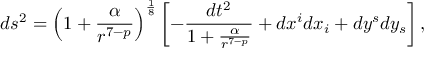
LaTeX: d s ^ { 2 } = \left( 1 + \frac { \alpha } { r ^ { 7 - p } } \right) ^ { \frac { 1 } { 8 } } \left[ - \frac { d t ^ { 2 } } { 1 + \frac { \alpha } { r ^ { 7 - p } } } + d x ^ { i } d x _ { i } + d y ^ { s } d y _ { s } \right] ,